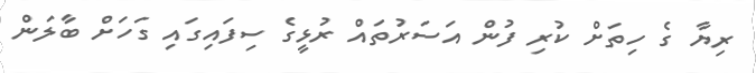
ރިޔާ ގެ ހިތަށް ކުރި ފުން އަސަރުތައް ރުޅީގެ ސިފައިގައި ގަހަށް ބާލަން